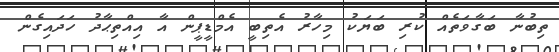
ތިބުނާ ބަގާވަތެއް ކުރި ބަޔަކު މިހާރު އެތިބީ އެމްޑީޕީން އާ އިއްތިޙާދު ހަދައިގެން